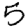
Digit: 5